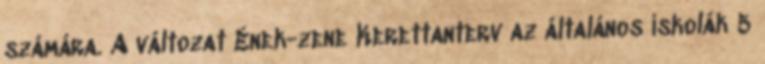
számára. A változat Ének-zene Kerettanterv az általános iskolák 5